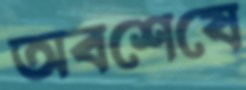
অবশেষে